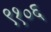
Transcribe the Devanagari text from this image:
९१०६